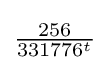
{\tfrac {256}{{331776}^{t}}}